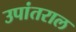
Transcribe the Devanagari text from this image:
उपांतराल